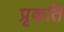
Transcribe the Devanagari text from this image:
प्रृकति